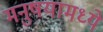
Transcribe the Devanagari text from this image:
मनुषयामध्ये